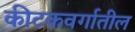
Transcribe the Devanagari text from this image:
कीटकवर्गातील